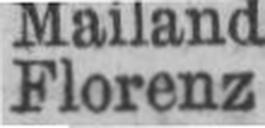
Florenz